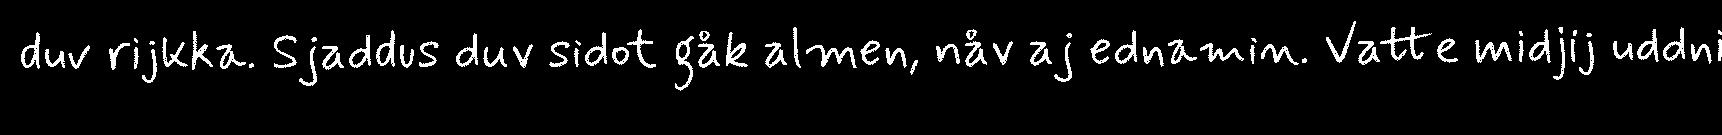
duv rijkka. Sjaddus duv sidot gåk almen, nåv aj ednamin. Vatte midjij uddni